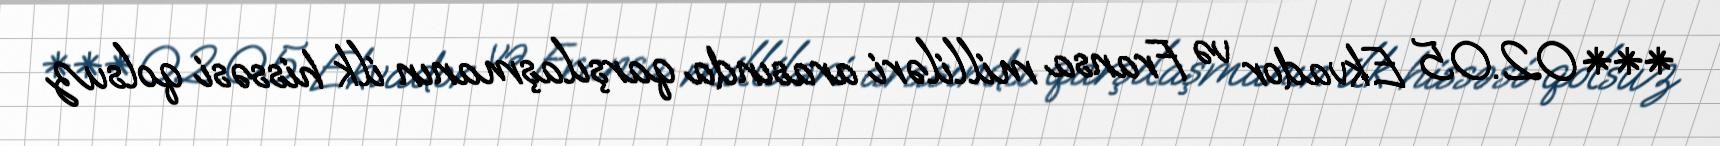
*** 02.05 Ekvador və Fransa milliləri arasında qarşılaşmanın ilk hissəsi qolsuz